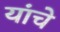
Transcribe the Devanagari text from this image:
यांंचे